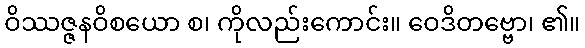
ဝိဿဇ္ဇနဝိစယော စ၊ ကိုလည်းကောင်း။ ဝေဒိတဗ္ဗော၊ ၏။